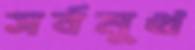
সর্বমুখ